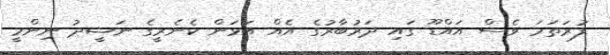
ފުރަތަމަ ވެސް އައްޑޫ ގައި ދަރުބާރުގެ އެއް އަޅަން ކެނެރީގެ ނަޝީދު ނިންމީ